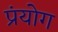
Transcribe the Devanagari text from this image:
प्रंयोग